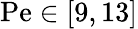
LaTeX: \mathrm{Pe}\in[9,13]